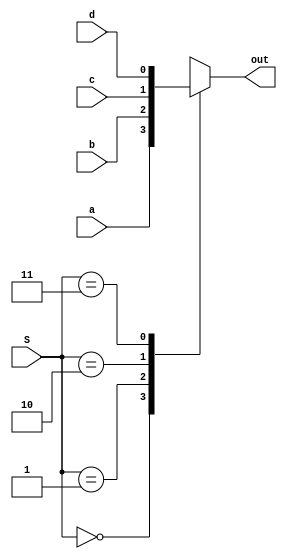
/*                                               OBJETIVO 1 1.1
        Basndonos en los ejemplos vistos en las sesiones tutorizadas, implementar un multiplexor de 4
                entradas de un bit con el siguiente prototipo:
                          mux4_1(output reg out, input wire a, b, c, d, input wire [1:0] S);*/


module mux4_1(output reg out, input wire a, b, c, d, input wire [1:0] S);
    always @(a,b,c,d,S)
    begin
        case (S)
            2'b00: out = a; 
            2'b01: out = b;
            2'b10: out = c;
            2'b11: out = d;
        endcase
    end


endmodule